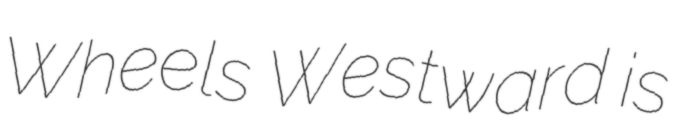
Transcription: Wheels Westward is